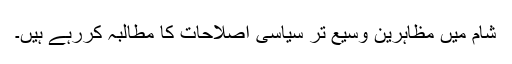
شام میں مظاہرین وسیع تر سیاسی اصلاحات کا مطالبہ کررہے ہیں۔